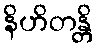
နိဟိတန္တိ